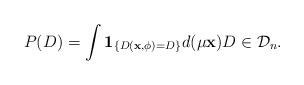
LaTeX: \begin{align*}P(D)= \int \mathbf{1}_{ \{ D(\mathbf{x},\phi )=D \} } d(\mu \mathbf{x}) D\in \mathcal{D}_n.\end{align*}